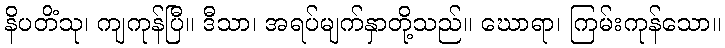
နိပတိံသု၊ ကျကုန်ပြီ။ ဒီသာ၊ အရပ်မျက်နှာတို့သည်။ ဃောရာ၊ ကြမ်းကုန်သော။